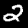
Label: 2